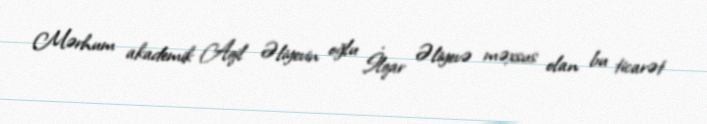
Mərhum akademik Aqil Əliyevin oğlu İlqar Əliyevə məxsus olan bu ticarət